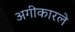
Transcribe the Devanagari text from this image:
अगीकारले